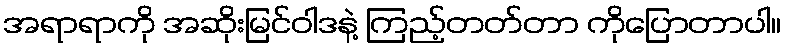
အရာရာကို အဆိုးမြင်ဝါဒနဲ့ ကြည့်တတ်တာ ကိုပြောတာပါ။